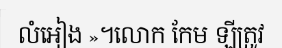
លំអៀង »។លោក កែម ឡីត្រូវ